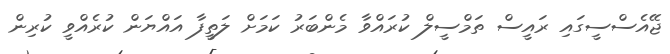
ޖޭއެސްސީގައި ރައީސް ތަމްސީލް ކުރައްވާ މެންބަރު ކަމަށް ލަތީފާ އައްޔަން ކުރެއްވީ ކުރިން